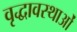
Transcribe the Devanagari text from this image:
वृद्धावस्थाओं